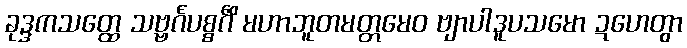
ခုဒ္ဒကသတ္ထေ သဗ္ဗင်္ဂပစ္စင်္ဂိံ မဟာဘူတမတ္တမေဝ ဗျာပါဒူပသမော ဍဟေတွာ